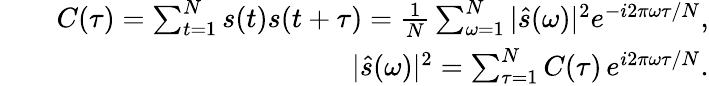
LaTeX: \begin{array}{rlr}&{}&{C(\tau)=\sum_{t=1}^{N}s(t)s(t+\tau)=\frac{1}{N}\sum_{\omega=1}^{N}|\hat{s}(\omega)|^{2}e^{-i2\pi\omega\tau/N},}\\ &{}&{|\hat{s}(\omega)|^{2}=\sum_{\tau=1}^{N}C(\tau)\, e^{i2\pi\omega\tau/N}.}\end{array}